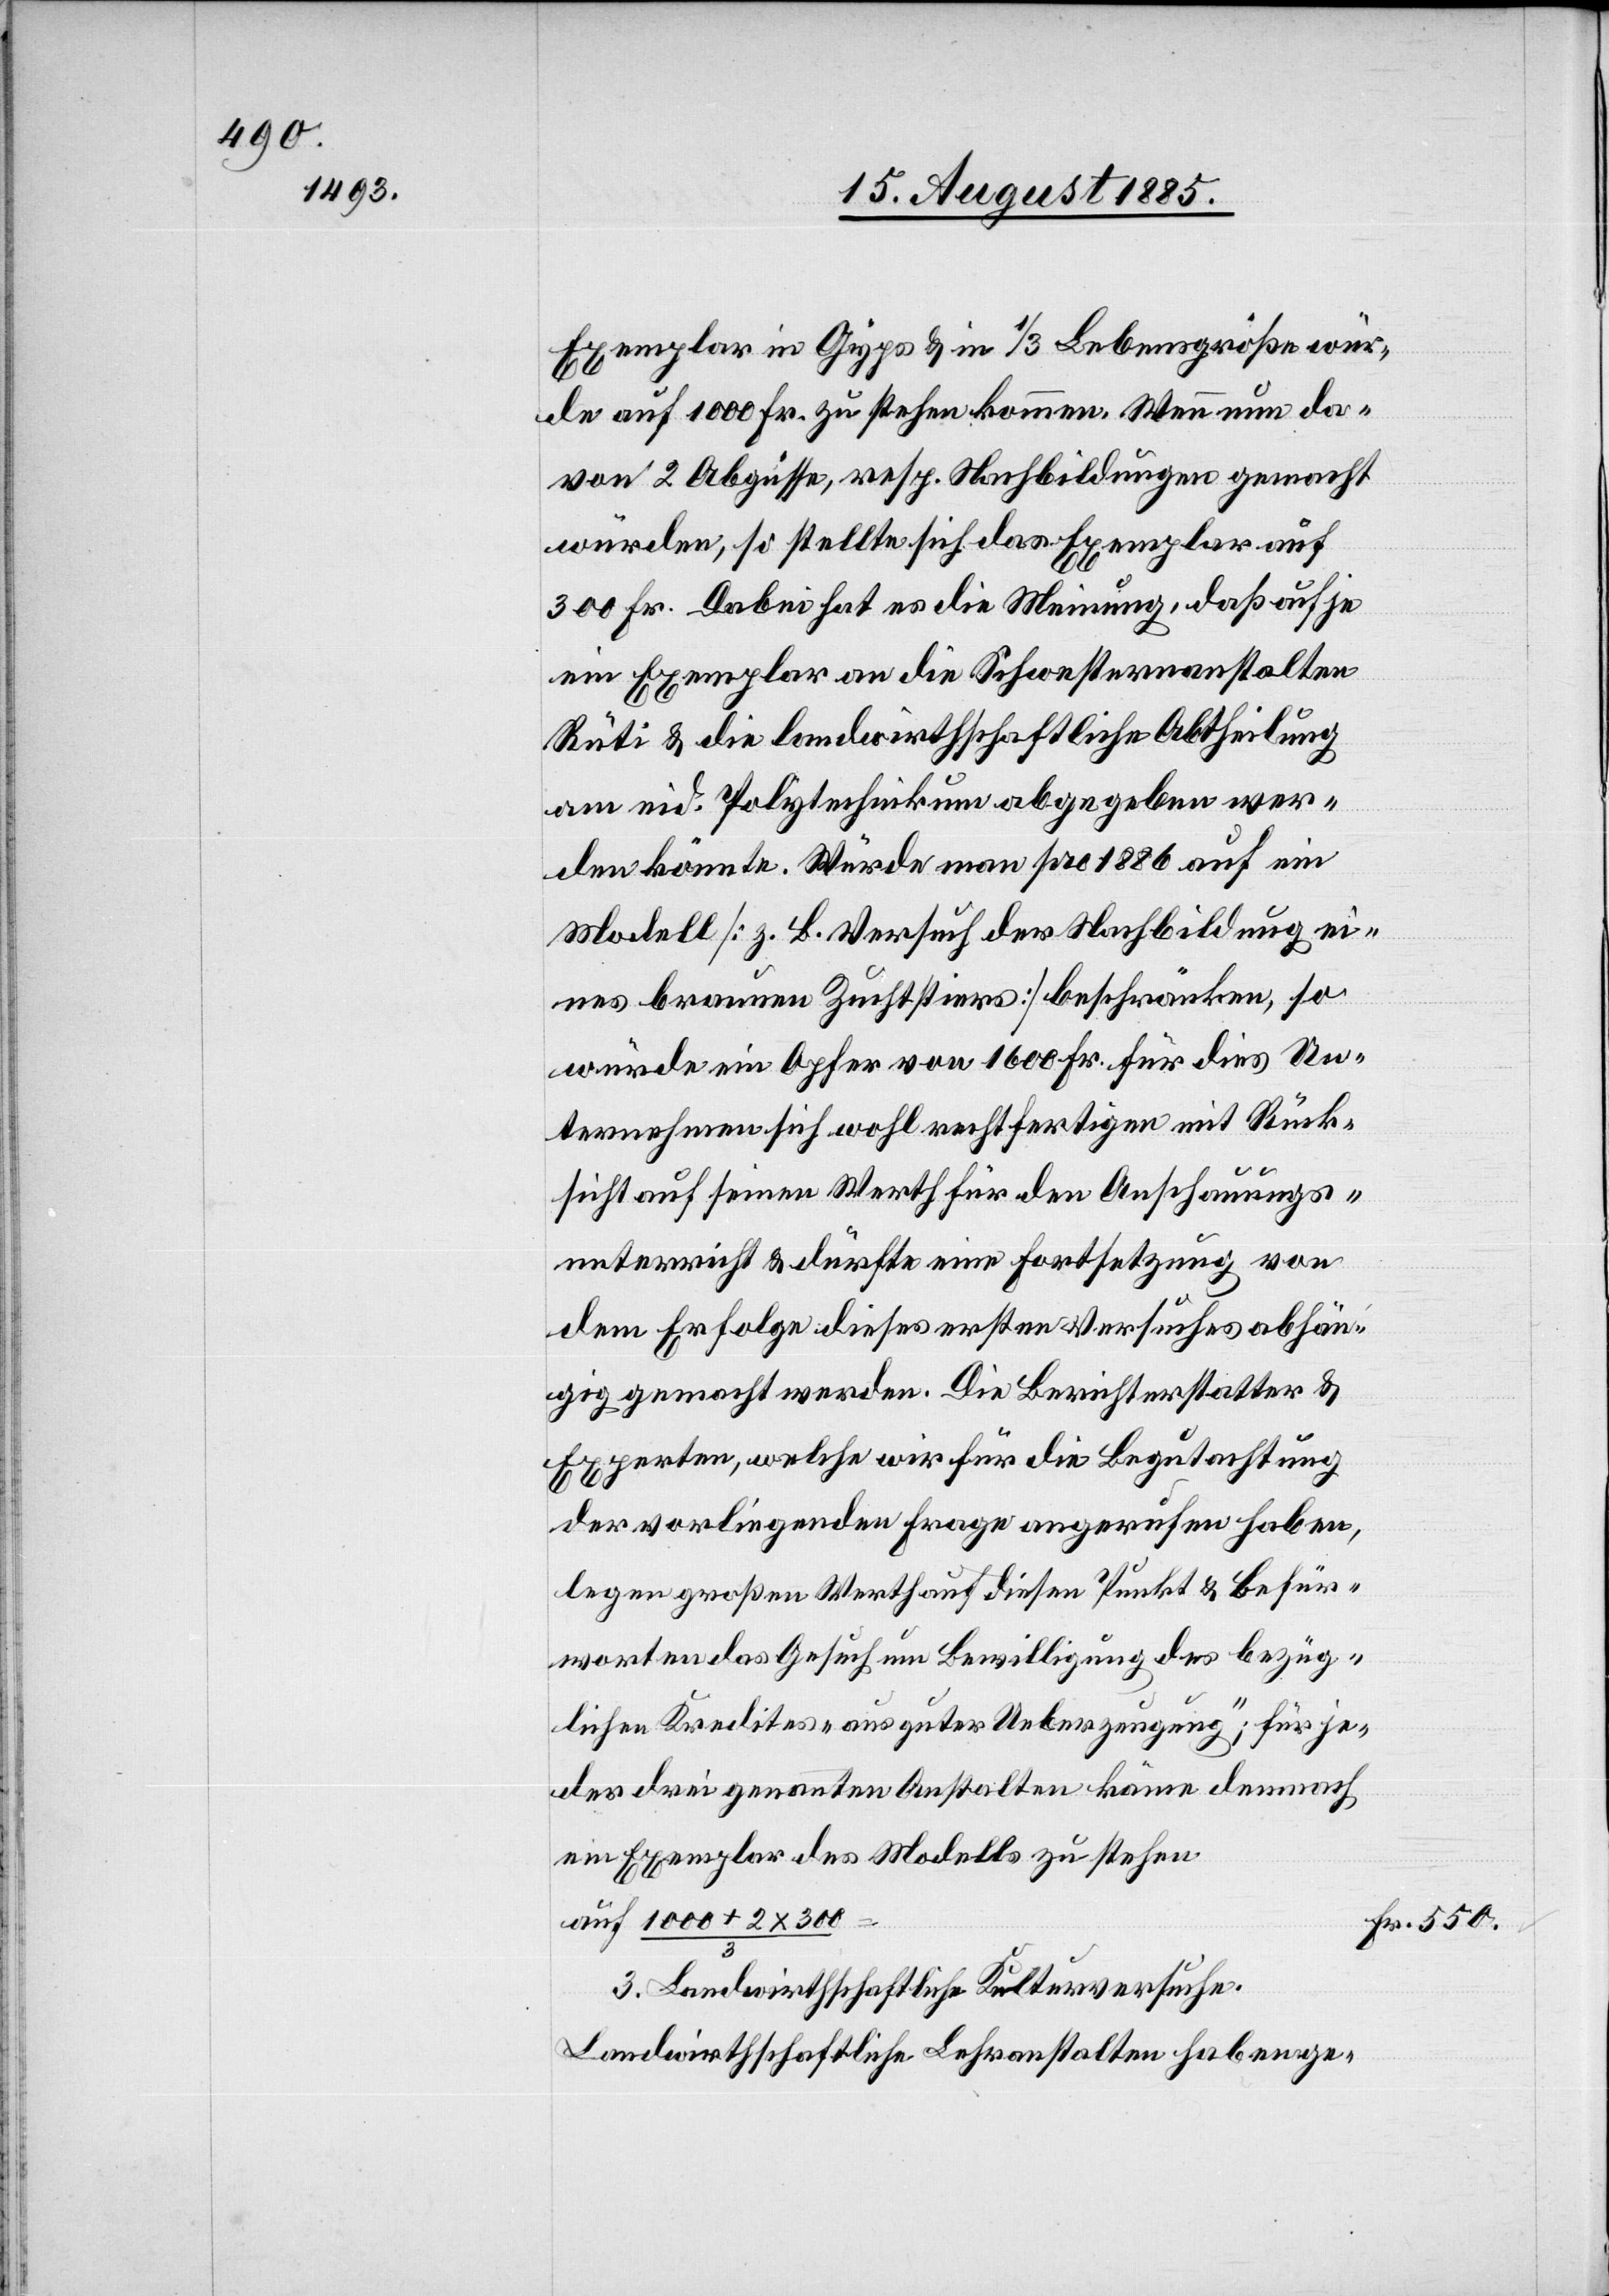
Exemplar in Gyps & in 1/3 Lebensgröße wür¬
de auf 1000 Fr. zu stehen kommen. Wenn nun da¬
von 2 Abgüsse, resp. Nachbildungen gemacht
würden, so stellte sich das Exemplar auf
300 Fr. Dabei hat es die Meinung, daß auf je
ein Exemplar an die Schwesternanstalten
Rüti & die landwirthschaftliche Abtheilung
am eid. Polytechnikum abgegeben wer¬
den könnte. Würde man pro 1886 auf ein
Modell [z. B. Versuch des Nachbildung ei¬
nes braunen Zuchtstieres] beschränken, so
würde ein Opfer von 1600 Fr. für dies Un¬
ternehmen sich wohl rechtfertigen mit Rück¬
sicht auf seinen Werth für den Anschauungs¬
unterricht & dürfte eine Fortsetzung von
dem Erfolge dieses ersten Versuches abhän¬
gig gemacht werden. Die Berichterstatter &
Experten, welche wir für die Begutachtung
der vorliegenden Frage angerufen haben,
legen großen Werth auf diesen Punkt & befür¬
worten das Gesuch um Bewilligung des bezüg¬
lichen Kredites „aus guter Ueberzeugung“; für je¬
der drei genannten Anstalten käme demnach
ein Exemplar des Modells zu stehen
auf 1000 + 2 x 300/3
3. Landwirthschaftliche Kulturversuche.
Landwirthschaftliche Lehranstalten haben ge-